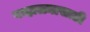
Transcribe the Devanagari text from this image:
पन्हाळ्यासाठी